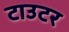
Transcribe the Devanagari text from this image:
टाउटर